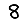
Digit: 8